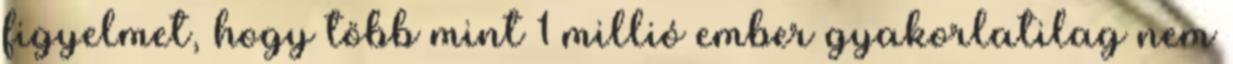
figyelmet, hogy több mint 1 millió ember gyakorlatilag nem